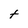
Character: t